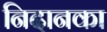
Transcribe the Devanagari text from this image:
निदानका